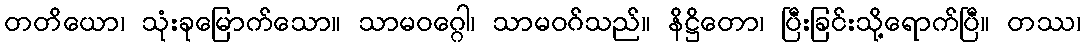
တတိယော၊ သုံးခုမြောက်သော။ သာမဝဂ္ဂေါ၊ သာမဝဂ်သည်။ နိဋ္ဌိတော၊ ပြီးခြင်းသို့ရောက်ပြီ။ တဿ၊